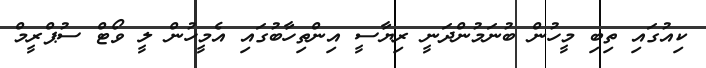
ކިއުގައި ތިބި މީހުން ބުނަމުންދަނީ ރިޔާސީ އިންތިހާބުގައި އެމީހުން ލީ ވޯޓް ސުޕްރީމް